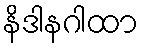
နိဒါနဂါထာ